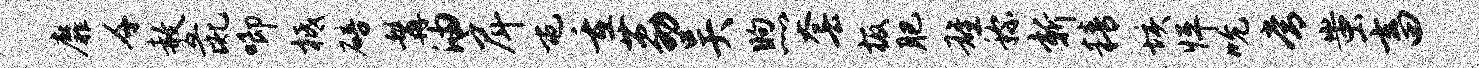
靡千赦彘唧柢碚髯油戽屯重荔吴煦套板肥雄称新精垓怦吮常蚩畜